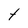
Character: t